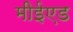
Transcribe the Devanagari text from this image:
मीईएड